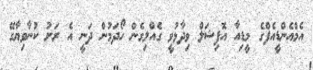
އެމްއެންޑީއެފްގެ މީޑިއާ އޮފިޝަލް ވިދާޅުވީ ގެއްލިގެން ހޯދަމުން ދަނީ އެ ރަށު ކުނާވިޔާގޭ